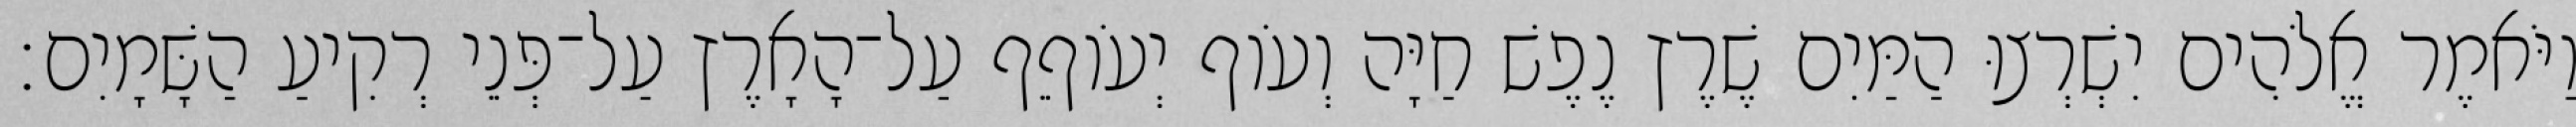
וַיֹּאמֶר אֱלֹהִים יִשְׁרְצוּ הַמַּיִם שֶׁרֶץ נֶפֶשׁ חַיָּה וְעֹוף יְעֹוףֵף עַל־הָאָרֶץ עַל־פְּנֵי רְקִיעַ הַשָּׁמָיִם׃